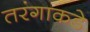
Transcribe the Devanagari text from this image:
तरंगाकडे